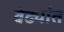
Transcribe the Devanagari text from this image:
वेढ्यांत